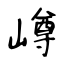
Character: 嶟